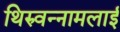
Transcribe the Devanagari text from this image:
थिरुवन्नामलाई